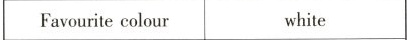
Favourite colour white